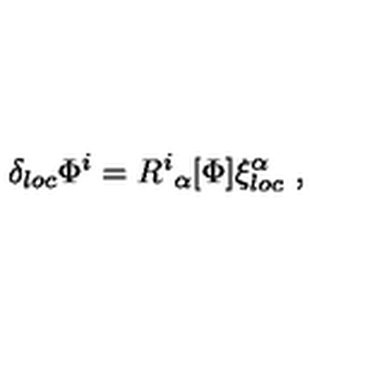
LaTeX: \delta _ { l o c } \Phi ^ { i } = R ^ { i } { } _ { \alpha } [ \Phi ] \xi _ { l o c } ^ { \alpha } \ ,